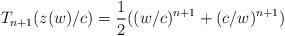
LaTeX: \begin{align*}T_{n+1}(z(w)/c)=\frac{1}{2}((w/c)^{n+1}+(c/w)^{n+1})\end{align*}